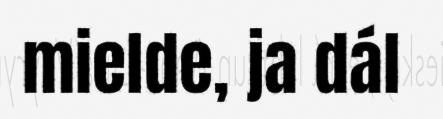
mielde, ja dál